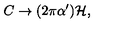
C \rightarrow ( 2 \pi \alpha ^ { \prime } ) { \cal H } ,